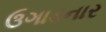
ઉગાડનાર